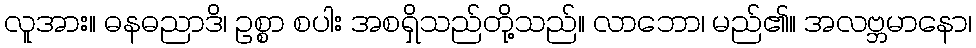
လူအား။ ဓနဓညာဒိ၊ ဥစ္စာ စပါး အစရှိသည်တို့သည်။ လာဘော၊ မည်၏။ အလဗ္ဘမာနော၊